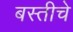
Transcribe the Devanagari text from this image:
बस्तीचे